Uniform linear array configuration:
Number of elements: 16
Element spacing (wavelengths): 0.75
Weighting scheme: uniform
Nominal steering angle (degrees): -15
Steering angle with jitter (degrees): -15.27
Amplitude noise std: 0.05
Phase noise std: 0.05

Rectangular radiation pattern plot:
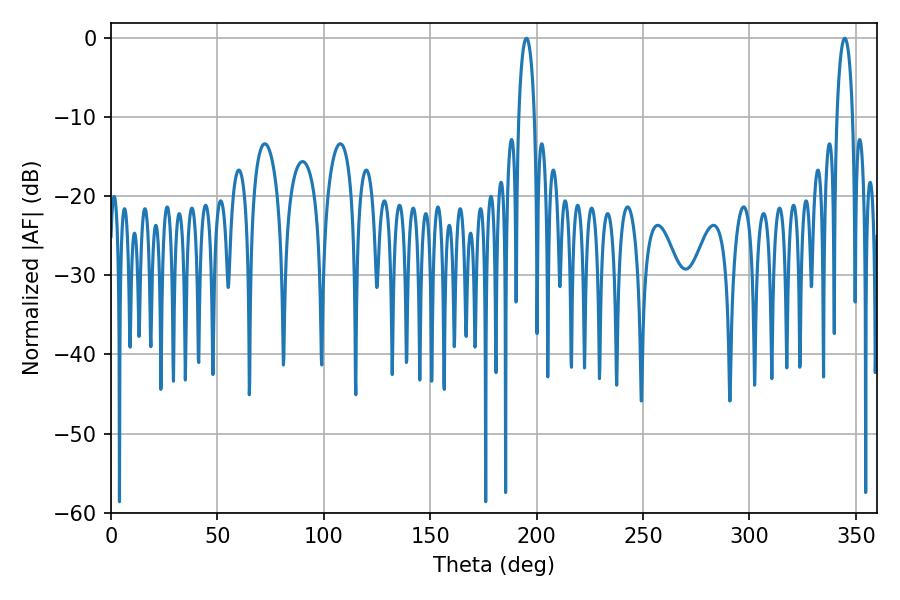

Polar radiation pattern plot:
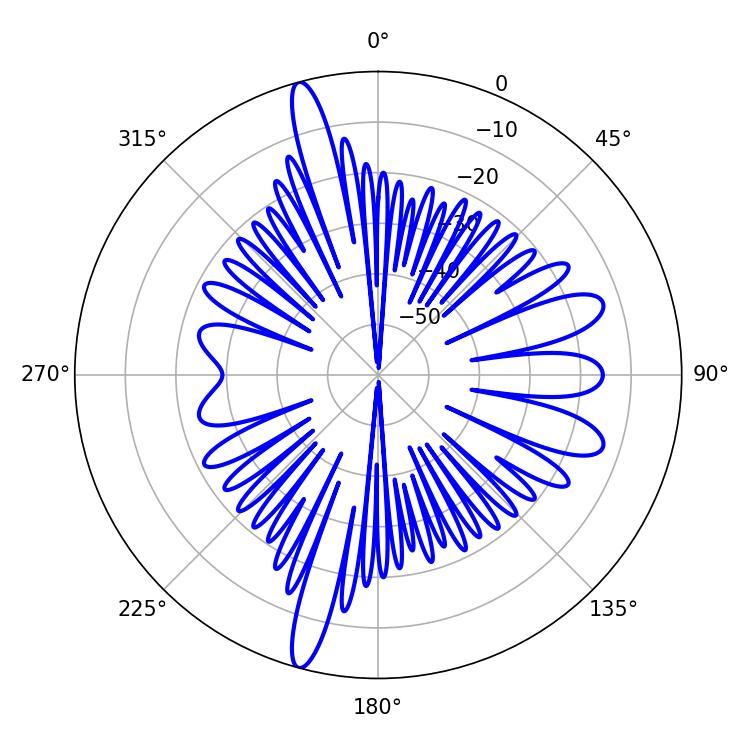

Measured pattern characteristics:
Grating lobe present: TRUE
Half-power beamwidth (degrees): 4.14
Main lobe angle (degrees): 344.7